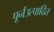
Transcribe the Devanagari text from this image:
पूर्नउत्पादित